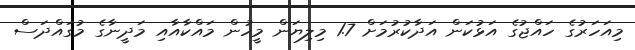
މިއަހަރުގެ ހައްޖުގެ އަޅުކަން އަދާކުރުމަށް 1.7 މިލިޔަން މީހުން މައްކާއާއި މަދީނާގެ މުގައްދަސް